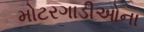
મોટરગાડીઓના